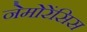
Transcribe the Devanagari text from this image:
नेमोरेंसिस